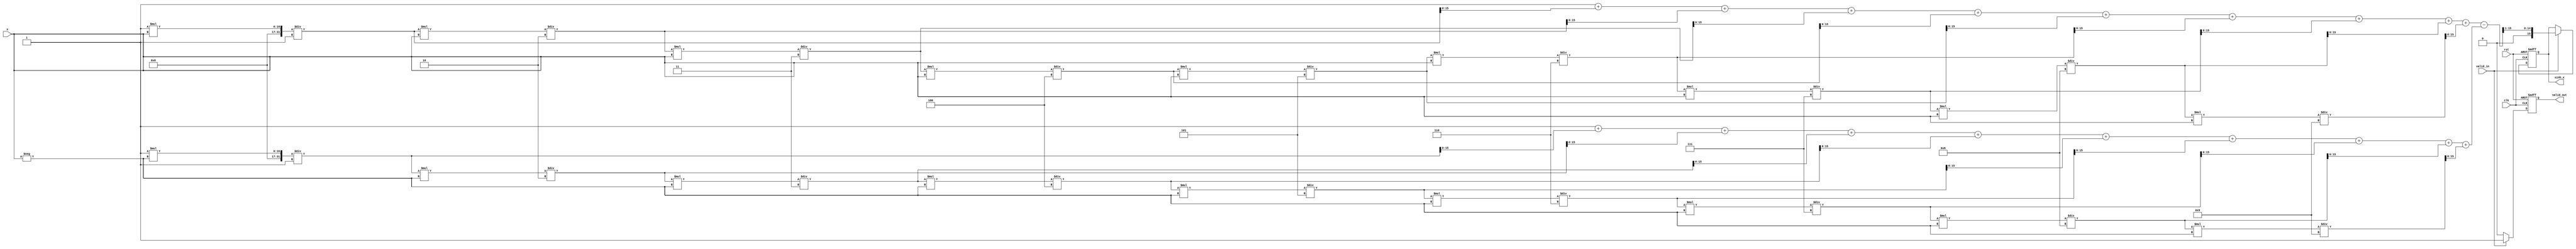
module sinh_block (
    input wire clk,
    input wire rst,
    input wire valid_in,
    input wire [15:0] x, // Fixed-point input (16 bits)
    output reg [15:0] sinh_x, // Fixed-point output (16 bits)
    output reg valid_out
);

    // Internal signals
    wire [15:0] exp_x;
    wire [15:0] exp_neg_x;
    wire [15:0] exp_diff;
    wire [15:0] exp_div;

    // Exponential function approximation (using Taylor series)
    function [15:0] exp_approx;
        input [15:0] x;
        reg [31:0] term;
        reg [31:0] sum;
        integer i;
        begin
            sum = 32'h00000000; // Initialize sum
            term = 32'h00000001; // First term (x^0 / 0!)
            for (i = 0; i < 10; i = i + 1) begin // 10 terms for approximation
                sum = sum + term;
                term = (term * x) / (i + 1); // Calculate next term
            end
            exp_approx = sum[15:0]; // Return lower 16 bits
        end
    endfunction

    // Compute e^x and e^-x
    assign exp_x = exp_approx(x);
    assign exp_neg_x = exp_approx(-x);

    // Subtract e^x and e^-x
    assign exp_diff = exp_x - exp_neg_x;

    // Divide by 2
    assign exp_div = exp_diff >> 1; // Right shift by 1 to divide by 2

    // Output logic
    always @(posedge clk or posedge rst) begin
        if (rst) begin
            sinh_x <= 16'h0000;
            valid_out <= 1'b0;
        end else if (valid_in) begin
            sinh_x <= exp_div;
            valid_out <= 1'b1;
        end else begin
            valid_out <= 1'b0;
        end
    end

endmodule